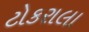
ટોકરાલા